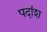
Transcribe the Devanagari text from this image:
पदांश